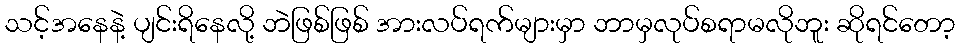
သင့်အနေနဲ့ ပျင်းရိနေလို့ ဘဲဖြစ်ဖြစ် အားလပ်ရက်များမှာ ဘာမှလုပ်စရာမလိုဘူး ဆိုရင်တော့